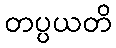
တပ္ပယတိ